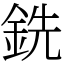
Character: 銑